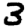
Digit: 3